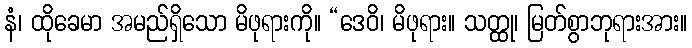
နံ၊ ထိုခေမာ အမည်ရှိသော မိဖုရားကို။ “ဒေဝိ၊ မိဖုရား။ သတ္ထု၊ မြတ်စွာဘုရားအား။